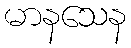
မာနသေန